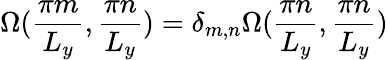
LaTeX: {\Omega}({\frac{\pi m}{L_{y}},\frac{\pi n}{L_{y}}})=\delta_{m,n}{\Omega}({\frac{\pi n}{L_{y}},\frac{\pi n}{L_{y}}})